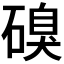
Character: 𮀹